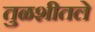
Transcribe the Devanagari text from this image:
तुळशीतले